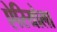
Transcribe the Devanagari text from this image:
ऐरियोला